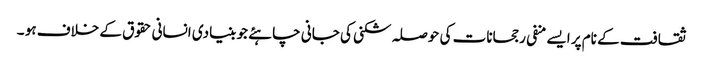
ثقافت کے نام پر ایسے منفی رجحانات کی حوصلہ شکنی کی جانی چاہئے جو بنیادی انسانی حقوق کے خلاف ہو ۔